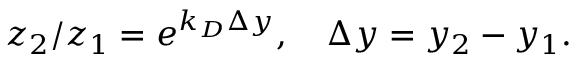
z _ { 2 } / z _ { 1 } = e ^ { k _ { D } \Delta y } , \quad \Delta y = y _ { 2 } - y _ { 1 } .